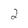
Character: 2